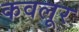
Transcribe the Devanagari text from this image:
कवलूर